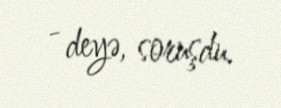
- deyə, soruşdu.